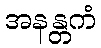
အနန္တကံ